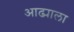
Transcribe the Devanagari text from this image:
आढ्याला